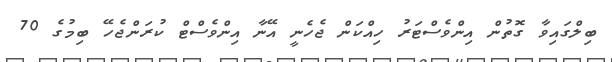
ބިލްގައިވާ ގޮތުން އިންވެސްޓަރު ހިއްކަން ޖެހެނީ އޭނާ އިންވެސްޓް ކުރަންޖެހޭ ބިމުގެ 70